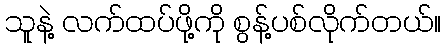
သူနဲ့ လက်ထပ်ဖို့ကို စွန့်ပစ်လိုက်တယ်။